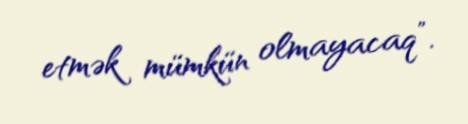
etmək mümkün olmayacaq”.